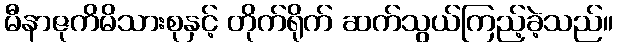
မီနာဇုကိမိသားစုနှင့် တိုက်ရိုက် ဆက်သွယ်ကြည့်ခဲ့သည်။